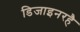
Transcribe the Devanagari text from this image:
डिजाइनरहै